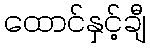
ထောင်နှင့်ချီ